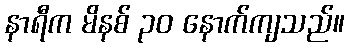
နာရီက မိနစ် ၃၀ နောက်ကျသည်။